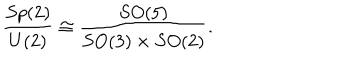
{ \frac { S p ( 2 ) } { U ( 2 ) } } \cong { \frac { S O ( 5 ) } { S O ( 3 ) \times S O ( 2 ) } } .